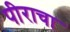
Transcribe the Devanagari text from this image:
पीराचा